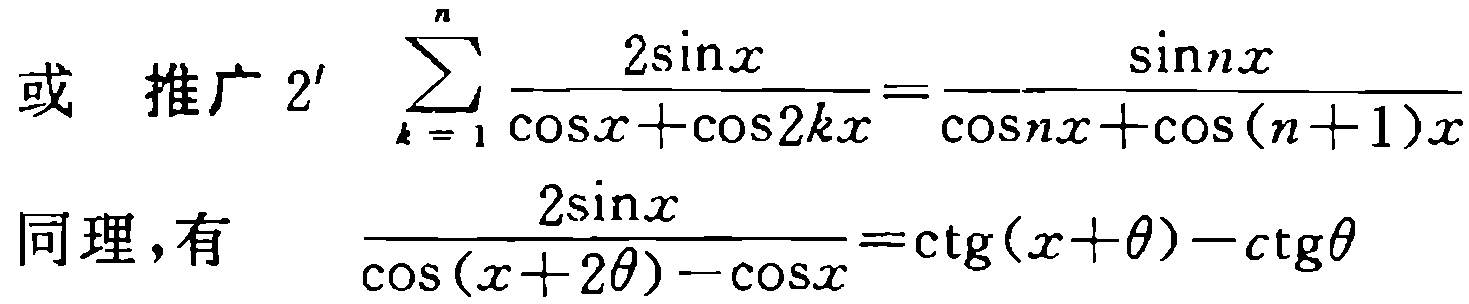
或 推广 $2^{\prime}$ $\sum_{k = 1}^{n} \frac{2\sin x}{\cos x+\cos 2kx}=\frac{\sin nx}{\cos nx+\cos(n + 1)x}$
同理，有 $\frac{2\sin x}{\cos(x + 2\theta)-\cos x}=\mathrm{ctg}(x+\theta)-\mathrm{ctg}\theta$